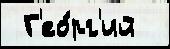
 Г'ео́рг'ий